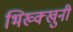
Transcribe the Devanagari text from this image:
भिख्क्खुनी